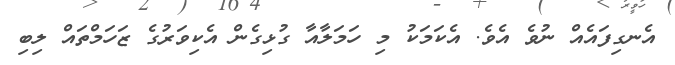
އެނގިފައެއް ނުވެ އެވެ. އެކަމަކު މި ހަމަލާއާ ގުޅިގެން އެކިވަރުގެ ޒަހަމްތައް ލިބި